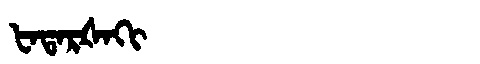
Manchu: ᡶᠠᡨᠠᡵᡧᠠᡴᡳ
Romanization: FATARŠAKI